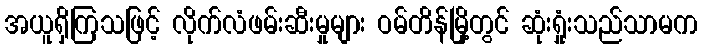
အယူရှိကြသဖြင့် လိုက်လံဖမ်းဆီးမှုများ ဝမ်တိန်မြို့တွင် ဆုံးရှုံးသည်သာမက